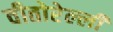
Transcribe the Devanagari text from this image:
वीतोरेल्ली